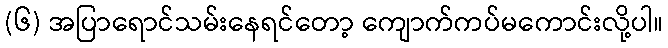
(၆) အပြာရောင်သမ်းနေရင်တော့ ကျောက်ကပ်မကောင်းလို့ပါ။